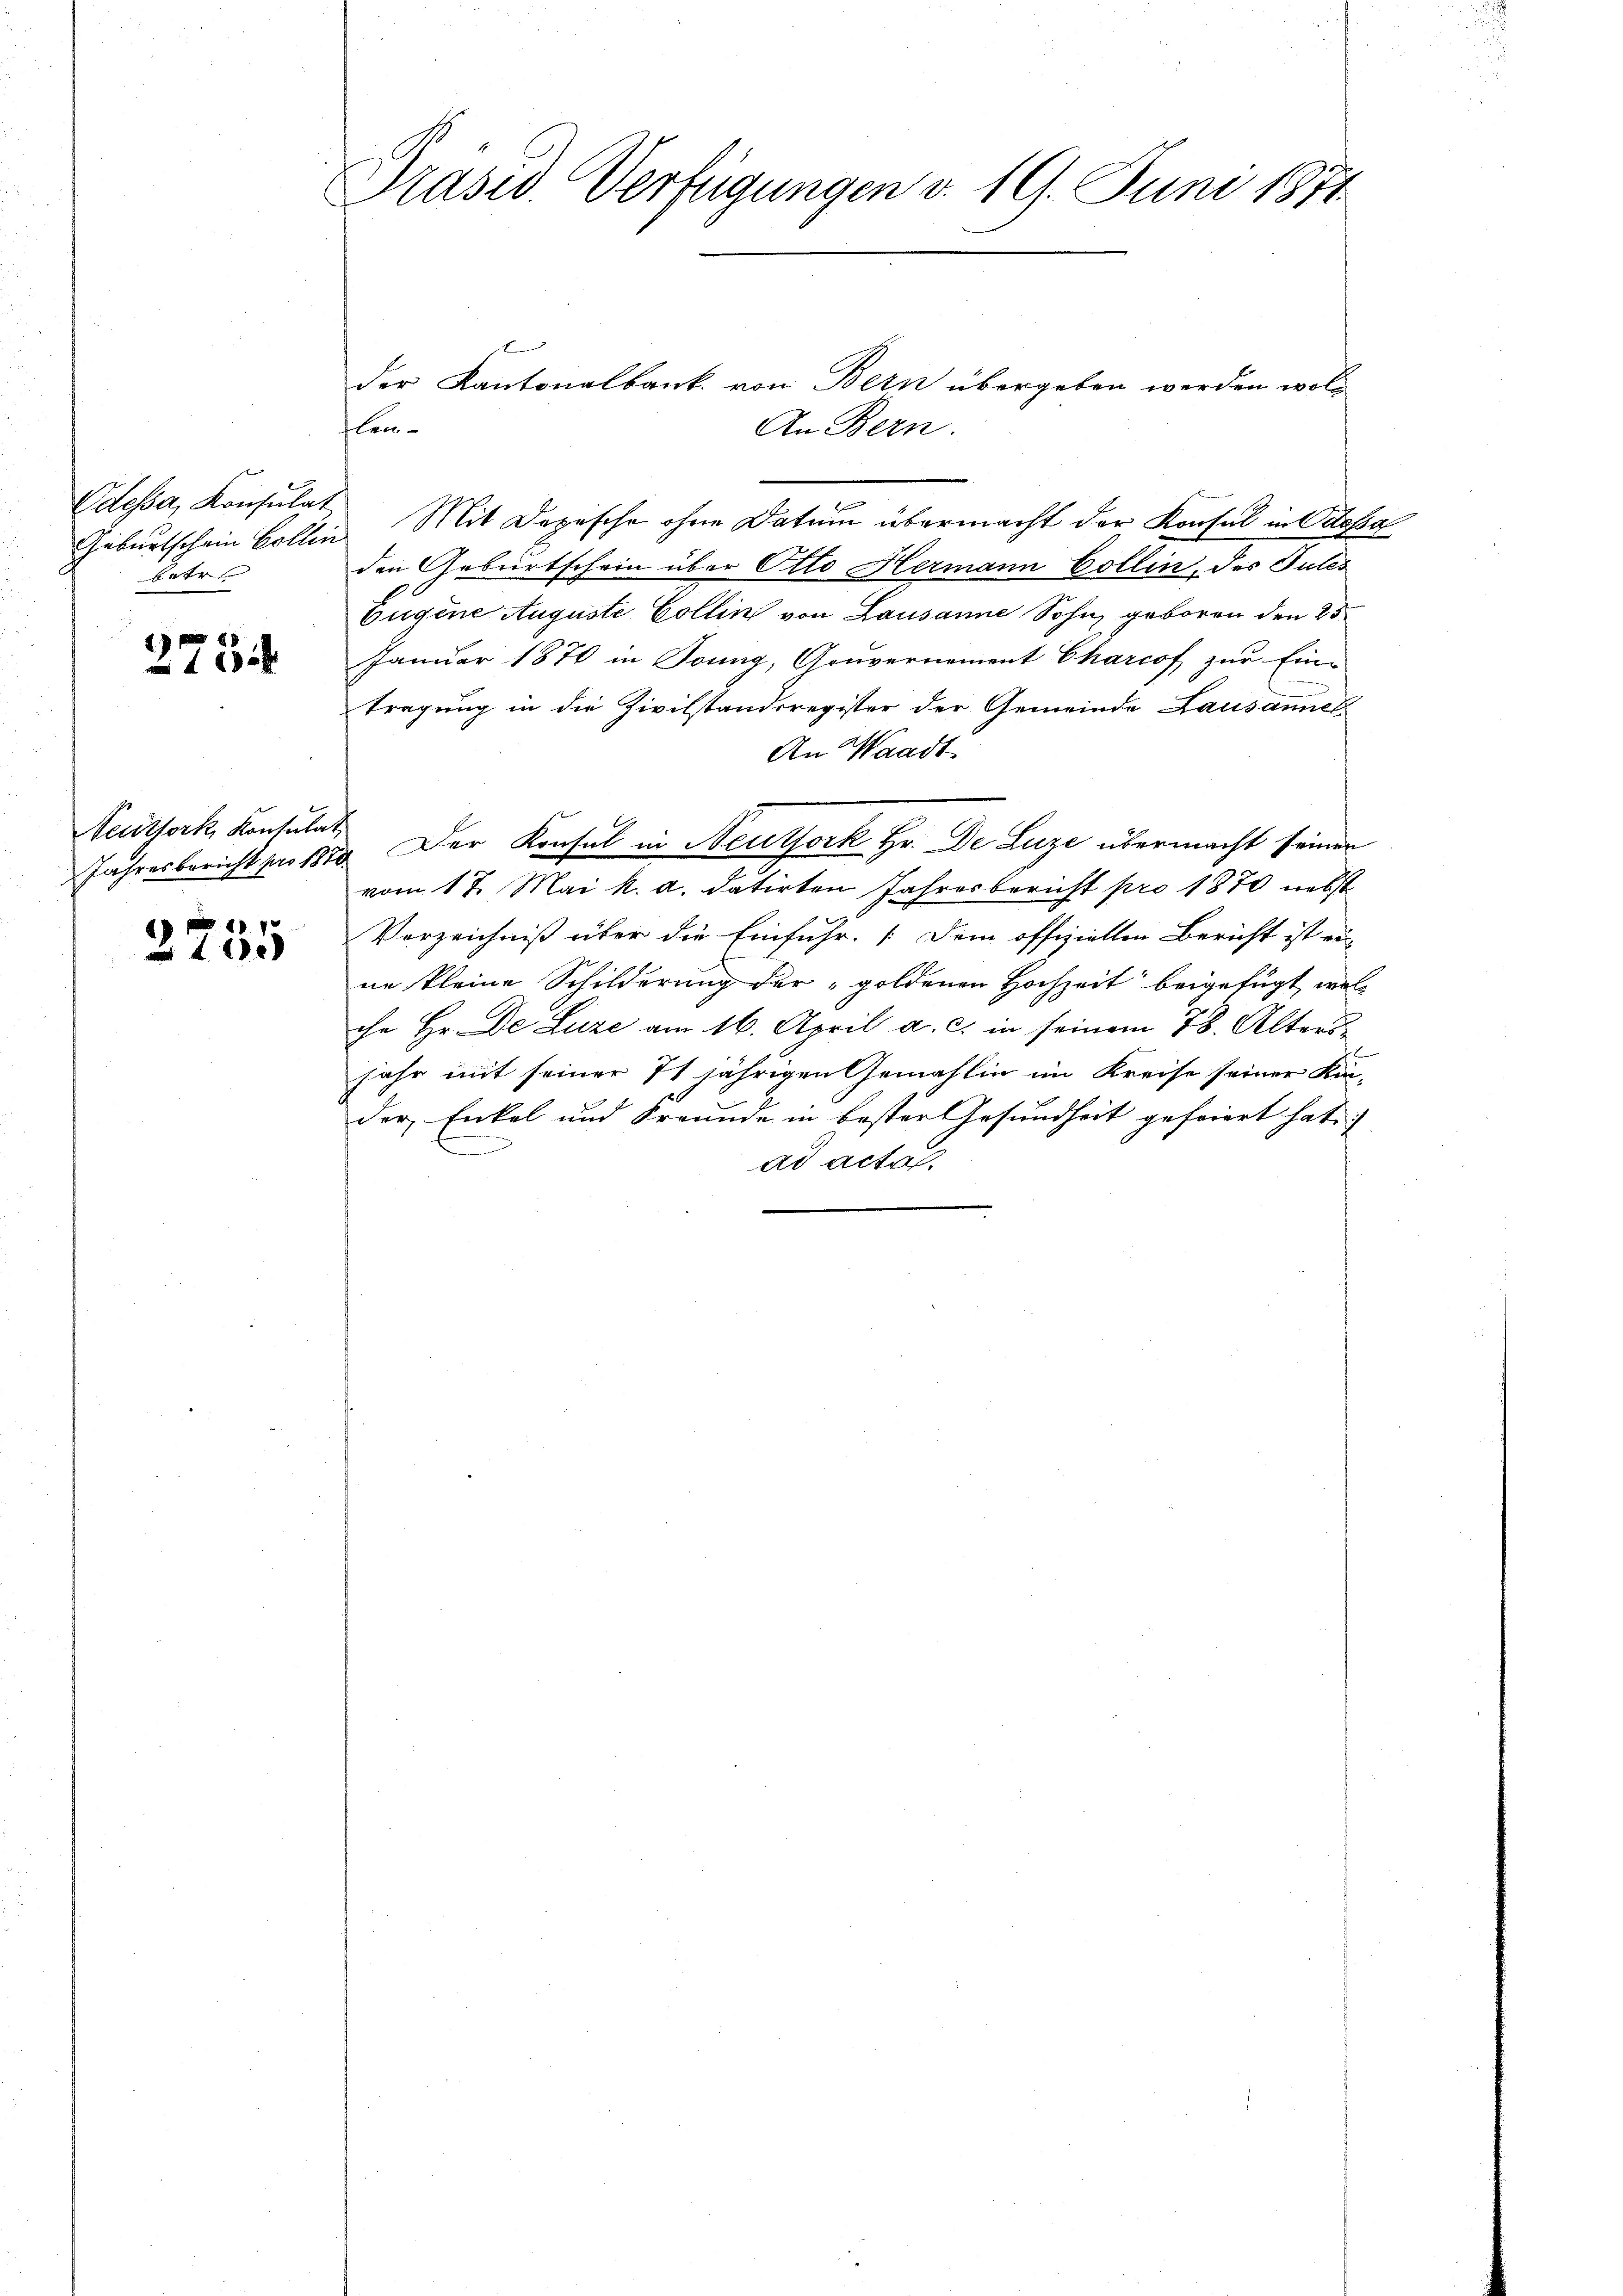
Odessa, Konsulat
betr.

8
xxx

Seuthork, Konsulat

1

Präsid. Verfügungen d. 19. Juni 1871

der Kantonalbank von Bern übergeben werden woll
len-
An Bern.
Geburtschein Bollin Mit Dopische ohne Datum übermacht der Konsul in Odessa
den Geburtschein über Otto Hermann Collin, des Pules
Eugene Auguste Collin von Lausanne Sohn, geboren den 25.
Januar 1876 in Sonng, Gouvernement Charcof zur Ein-
tragung in die Zivilstandsregister der Gemeinde Lausannel
An Waadt
Jahresbericht pro 1810. Der Konsul in Neuthork Hr. De Luze übermacht seiner
vom 17. Mai k. a. datirten Jahresbericht pro 1870 nebst
Verzeichniß über die Einfuhr. Dem offiziellen Bericht ist ein
ne kleine Schilderung der „goldenen Hochzeit beigefügt, welche Hr. De Luze am 16. April a. c. in seinem 78. Altersjahr mit seiner 71 jährigen Gemahlin im Kreise seiner Kin-
der, Enkel und Freunde in bester Gesundheit gefeiert hat.
ad actal.